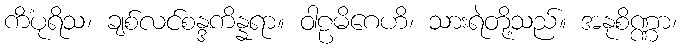
ကိံပုရိသ၊ ချစ်လင်စန္ဒကိန္နရာ။ ဝါဠမိဂေဟိ၊ သားရဲတို့သည်။ အနုစိဏ္ဏာ၊